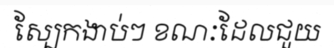
ស្បែកងាប់ៗ ខណៈដែលជួយ